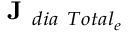
\textbf { J } _ { d i a \ T o t a l _ { e } }